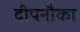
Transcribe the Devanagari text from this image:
दीपनौका